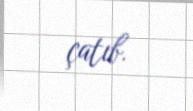
çatıb.